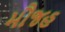
મૌજહ